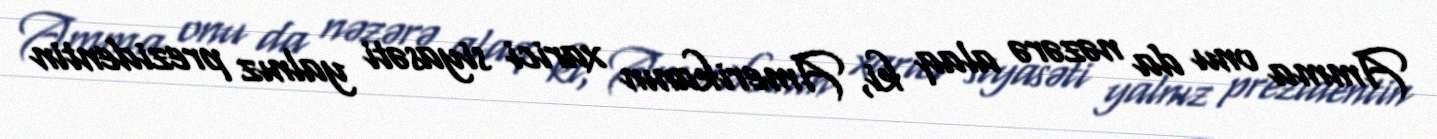
Amma onu da nəzərə alaq ki, Amerikanın xarici siyasəti yalnız prezidentin